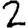
Digit: 2